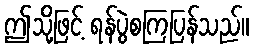
ဤသို့ဖြင့် ရန်ပွဲစကြပြန်သည်။